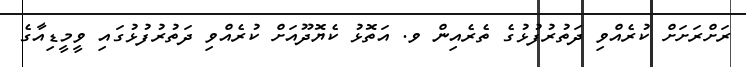
ރަށްރަށަށް ކުރެއްވި ދަތުރުފުޅުގެ ތެރެއިން ވ. އަތޮޅު ކެޔޮދޫއަށް ކުރެއްވި ދަތުރުފުޅުގައި ވީމީޑިއާގެ